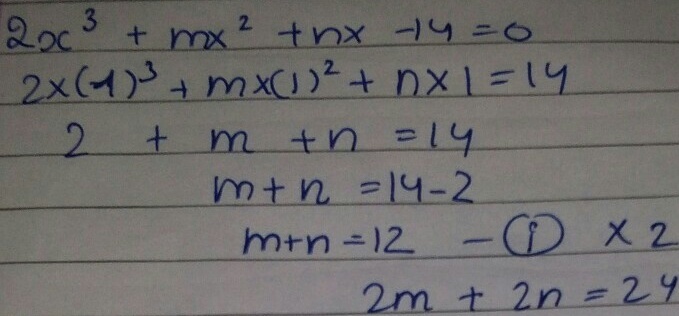
\[
\begin{align*}
2x^{3}+mx^{2}+nx - 14&=0\\
2\times(1)^{3}+m\times(1)^{2}+n\times1&=14\\
2 + m + n&=14\\
m + n&=14 - 2\\
m + n&=12  \quad - \textcircled{1} \times 2\\
2m + 2n&=24
\end{align*}
\]